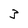
Character: 3